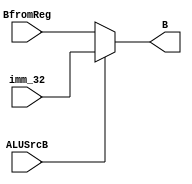
`timescale 1ns / 1ps
//////////////////////////////////////////////////////////////////////////////////
// Company: 
// Engineer: 
// 
// Design Name: 
// Module Name: Mux4
// Project Name: 
// Target Devices: 
// Tool Versions: 
// Description: 
// 
// Dependencies: 
// 
// Revision:
// Revision 0.01 - File Created
// Additional Comments:
// 
//////////////////////////////////////////////////////////////////////////////////


module Mux4(
   input[31:0] BfromReg,
   input[31:0] imm_32,
   input ALUSrcB,
   output[31:0]B
   );
   assign B = (ALUSrcB == 1'b0)? BfromReg:imm_32;
endmodule